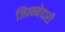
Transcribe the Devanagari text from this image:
जिम्म्मेदारी